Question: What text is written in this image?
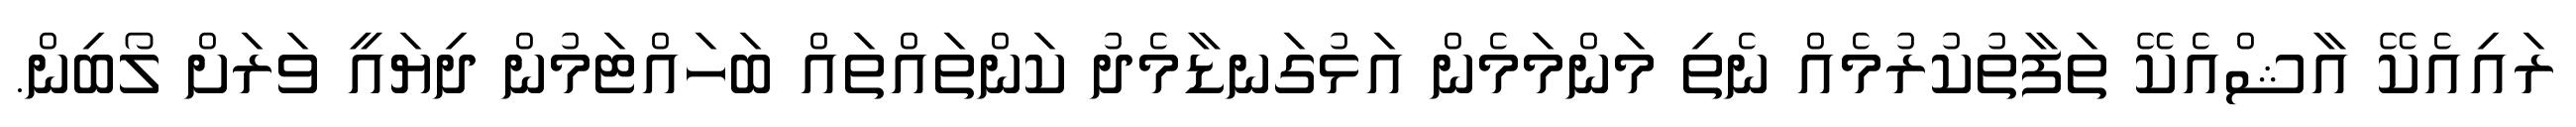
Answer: ރައިއެކޭ އާޝްއެކޭ ތަފާތުކުރުމެއް ނެތި މަންމަމެން އަޅުގަނޑާމެދު ކަންތައްތައް ބަހައްޓަމުން ދިޔައީ ވަރަށް ލޯބިން.